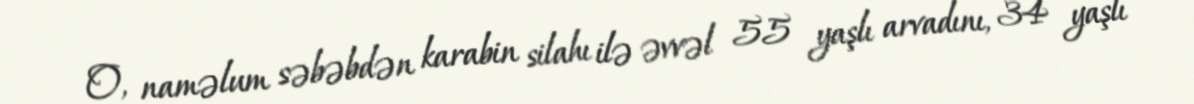
O, naməlum səbəbdən karabin silahı ilə əvvəl 55 yaşlı arvadını, 34 yaşlı